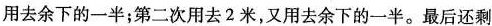
用去余下的一半；第二次用去2米，又用去余下的一半。最后还剩